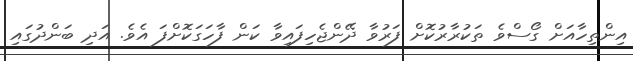
އިންތިހާއަށް ގޯސްވެ ތަކުރާރުކޮށް ފަރުވާ ދޭންޖެހިފައިވާ ކަން ފާހަގަކޮށްފަ އެވެ. އަދި ބަންދުގައި